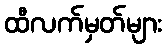
ထီလက်မှတ်များ